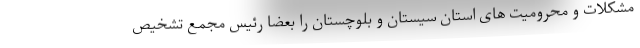
مشکلات و محرومیت های استان سیستان و بلوچستان را بعضا رئیس مجمع تشخیص